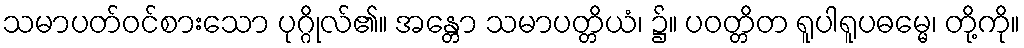
သမာပတ်ဝင်စားသော ပုဂ္ဂိုလ်၏။ အန္တော သမာပတ္တိယံ၊ ၌။ ပဝတ္တိတ ရူပါရူပဓမ္မေ၊ တို့ကို။